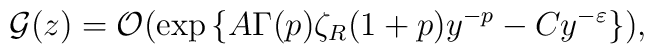
{\cal G}(z)={\cal O}(\exp{\{A\Gamma(p)\zeta_R (1+p)y^{-p}-Cy^{-\varepsilon}\}})\mbox{,}